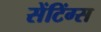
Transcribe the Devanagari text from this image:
सेंटिंग्स